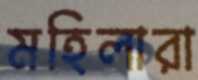
মহিলারা